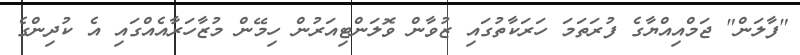
"ފާލަން" ޖަމްއިއްޔާގެ ފުރަތަމަ ހަރަކާތުގައި ޒުވާން ވޮލަންޓިއަރުން ހިމޭން މުޒާހަރާއެއްގައި އެ ކުދިންގެ